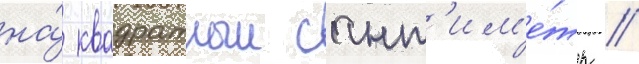
на́ квадратныи сант'им'е́тр //